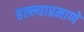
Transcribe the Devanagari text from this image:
हल्ल्याप्रमाणे